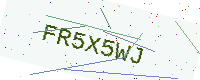
Text: FR5X5WJ